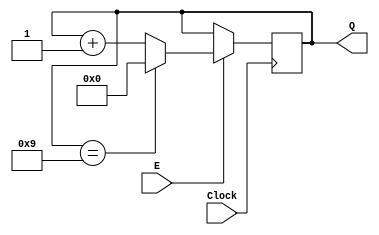
module smaller_counter (Clock, E, Q);
input Clock;
input E;

output reg [3:0] Q;

always@(posedge Clock) begin
	if(E == 1) begin
		if(Q == 9) 
			Q = 0;
		else
			Q = Q + 1;
	end
end

endmodule